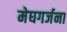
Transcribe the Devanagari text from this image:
मेघगर्जना